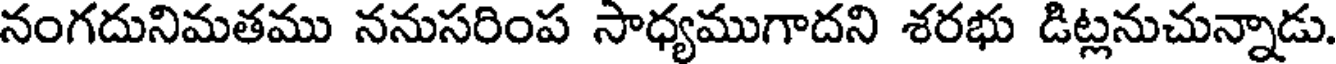
నంగదునిమతము ననుసరింప సాధ్యముగాదని శరభు డిట్లనుచున్నాడు.